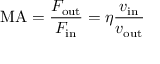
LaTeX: \mathrm { M A } = { \frac { F _ { \mathrm { o u t } } } { F _ { \mathrm { i n } } } } = \eta { \frac { v _ { \mathrm { i n } } } { v _ { \mathrm { o u t } } } }